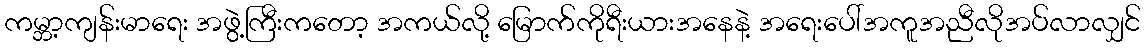
ကမ္ဘာ့ကျန်းမာရေး အဖွဲ့ကြီးကတော့ အကယ်လို့ မြောက်ကိုရီးယားအနေနဲ့ အရေးပေါ်အကူအညီလိုအပ်လာလျှင်